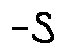
- S